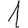
Digit: 1